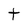
Character: t